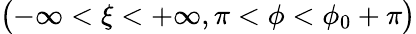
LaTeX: \displaystyle\bigl(-\infty<\xi<+\infty,\pi<\phi<\phi_{0}+\pi\bigr)